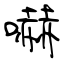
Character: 嚇